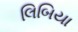
લિબિયા